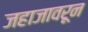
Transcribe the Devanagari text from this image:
जहाजावरून